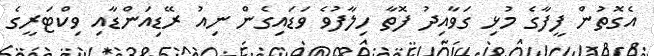
އެގޮތުން ފީފާގެ މުޅި ގަވާއިދު ފޮތާ ހިލާފުވެ ވަޑައިގެން ނިއު ރޭޑިއަންޑާއި ވިކްޓަރީގެ